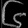
Digit: ၆